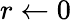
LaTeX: r\gets 0